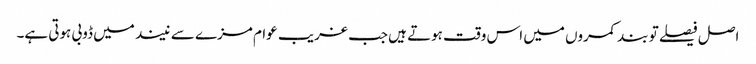
اصل فیصلے تو بند کمروں میں اس وقت ہوتے ہیں جب غریب عوام مزے سے نیند میں ڈوبی ہوتی ہے۔